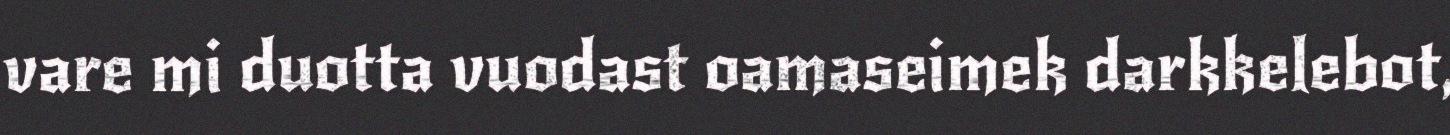
vare mi duotta vuodast oamaseimek darkkelebot,